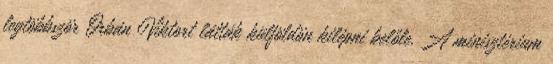
legtöbbször Orbán Viktort látták külföldön kilépni belőle. A minisztérium